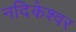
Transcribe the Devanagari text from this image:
नदिकेश्वर